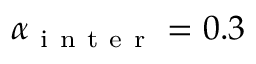
\alpha _ { \mathrm { ~ i ~ n ~ t ~ e ~ r ~ } } = 0 . 3